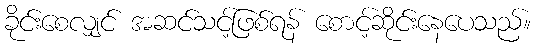
ခိုင်းစေလျှင် အဆင်သင့်ဖြစ်ရန် စောင့်ဆိုင်းနေပေသည်။